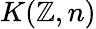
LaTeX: K(\mathbb{Z},n)